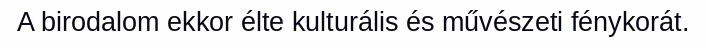
A birodalom ekkor élte kulturális és művészeti fénykorát.